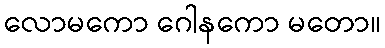
လောမကော ဂေါနကော မတော။